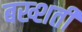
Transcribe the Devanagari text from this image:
बख्शती